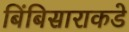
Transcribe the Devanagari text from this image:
बिंबिसाराकडे